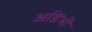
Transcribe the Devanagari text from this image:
अडिंभी